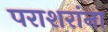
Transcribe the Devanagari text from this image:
पराशरांना